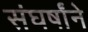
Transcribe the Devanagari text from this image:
संघर्षांने